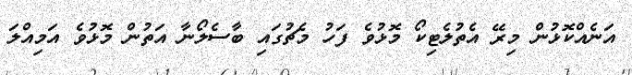
އަނެއްކޮޅުން މިރޭ އެތުލެޓިކޯ މޮޅުވެ ފަހު މެޗުގައި ބާސެލޯނާ އަތުން މޮޅުވެ އަމިއްލަ